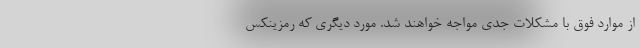
از موارد فوق با مشکلات جدی مواجه خواهند شد. مورد دیگری که رمزینکس